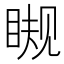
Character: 𰥪